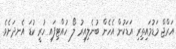
އަރްޖް މަޑުމައިތިރި އަޑަކުން އެހެން ބުނެލިއިރު ލޯ ހުއްޓިފައި ހުރީ ކުޑަ އެނދަށެވެ.